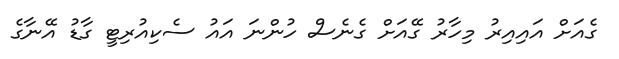
ގެއަށް އައިއިރު މިހާރު ގޭއަށް ގެނެސް ހުންނަ އައު ސެކިއުރިޓީ ގާޑު އޭނާގެ